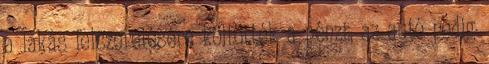
a lakás felszerelésére költötték a pénzt, az autó pedig